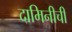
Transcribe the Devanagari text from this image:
दामिनीची